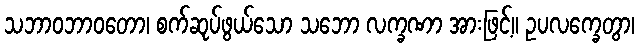
သဘာဝဘာဝတော၊ စက်ဆုပ်ဖွယ်သော သဘော လက္ခဏာ အားဖြင့်။ ဥပလက္ခေတွာ၊